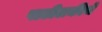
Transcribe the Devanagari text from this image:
पाटीलकीचे